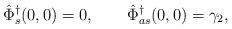
LaTeX: \begin{align*} \hat \Phi^\dagger_s(0,0)=0, \qquad\hat \Phi^\dagger_{as}(0,0) = \gamma_2,\end{align*}